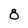
Character: 8